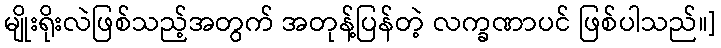
မျိုးရိုးလဲဖြစ်သည့်အတွက် အတုန့်ပြန်တဲ့ လက္ခဏာပင် ဖြစ်ပါသည်။]